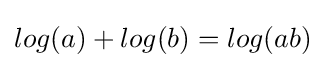
log(a)+log(b)=log(ab)